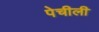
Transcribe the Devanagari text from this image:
पेचीली